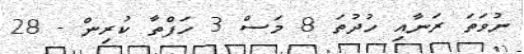
ނުވަތަ ރަނާއި ހުދުތަ 8 މަސް 3 ހަފްތާ ކުރިން - 28